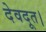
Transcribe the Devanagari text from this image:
देवदूत।